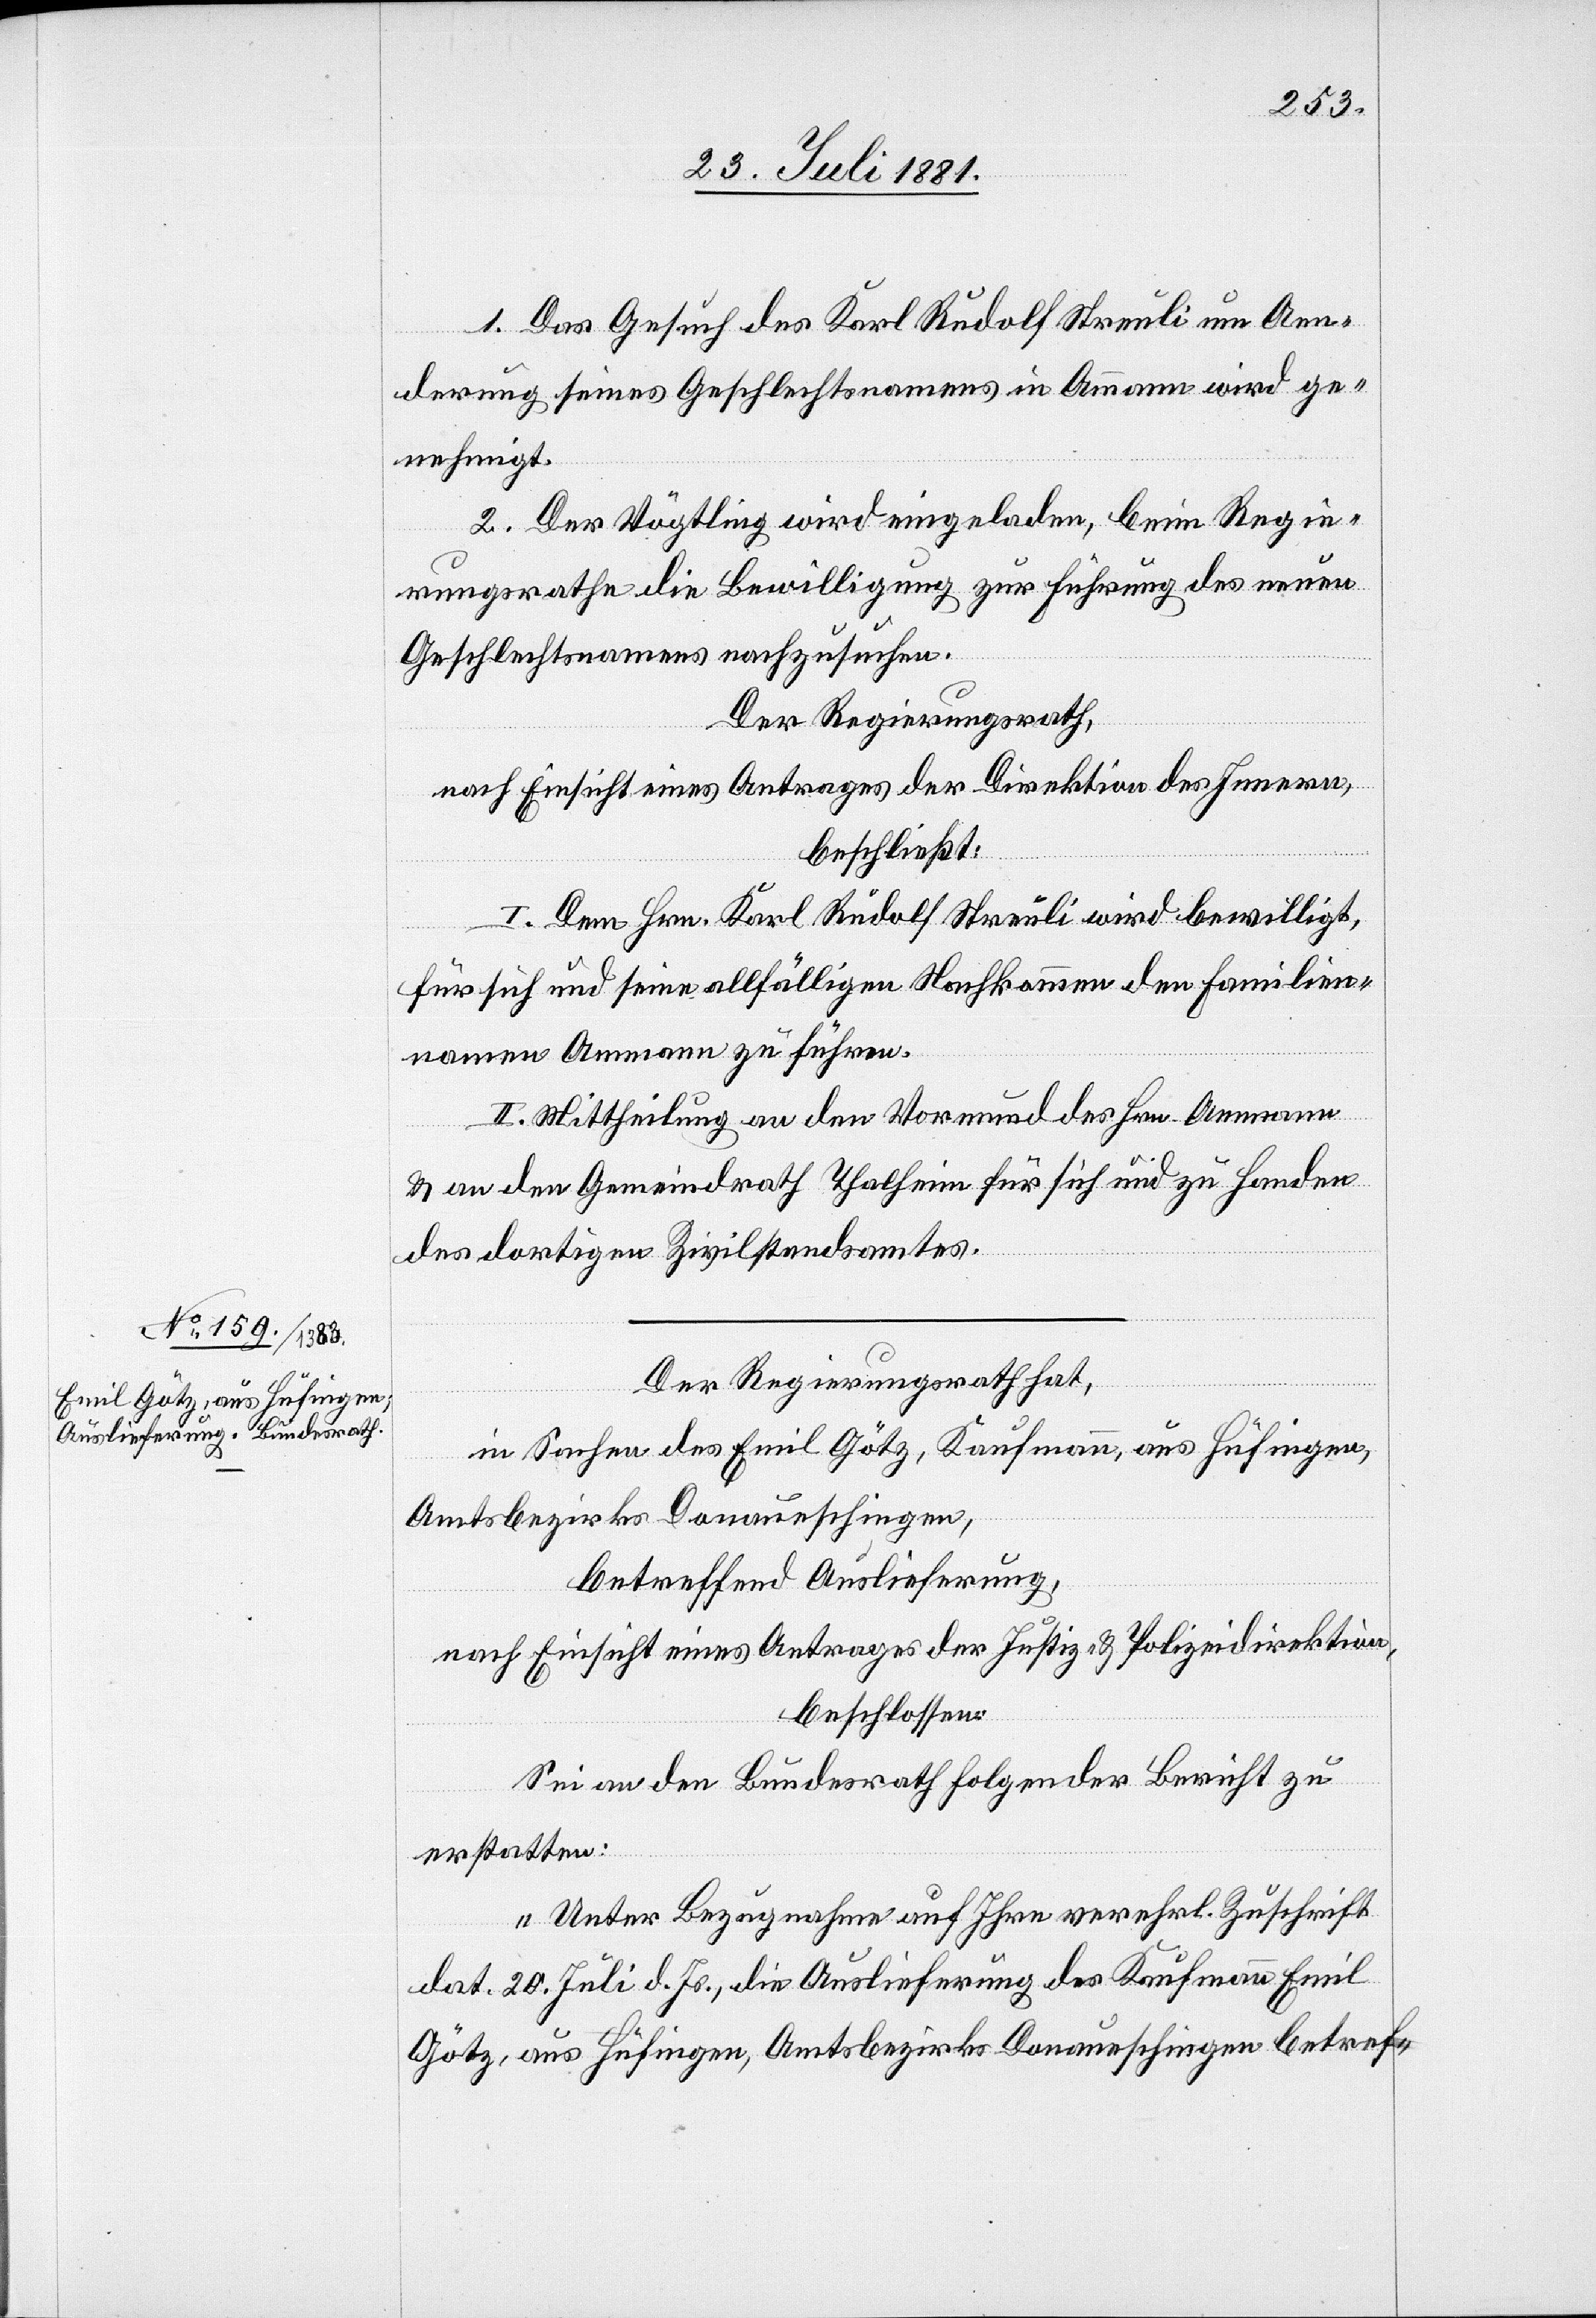
1. Das Gesuch des Karl Rudolf Streuli um Aen¬
derung seines Geschlechtsnamens in Ammann wird ge¬
nehmigt.
2. Der Vögtling wird eingeladen, beim Regie¬
rungsrathe die Bewilligung zur Führung des neuen
Geschlechtsnamens nachzusuchen.
Der Regierungsrath,
nach Einsicht eines Antrages der Direktion des Innern,
beschließt:
I. Dem Hrn. Karl Rudolf Streuli wird bewilligt,
für sich und seine allfälligen Nachkommen den Familien¬
namen Ammann zu führen.
II. Mittheilung an den Vormund des Hrn. Ammann
& an den Gemeindrath Thalheim für sich und zu Handen
des dortigen Zivilstandsamtes.
Der Regierungsrath hat,
in Sachen des Emil Götz, Kaufmann, aus Hüfingen,
Amtsbezirk Donaueschingen,
betreffend Auslieferung,
nach Einsicht eines Antrages der Justiz- & Polizeidirektion,
beschlossen:
Sei an den Bundesrath folgender Bericht zu
erstatten:
„Unter Bezugnahme auf Ihre verehrl. Zuschrift
dat. 20. Juli d. Js., die Auslieferung des Kaufmann Emil
Götz, aus Hüfingen, Amtsbezirk Donaueschingen betref-